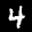
Label: 4